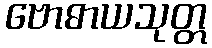
ဗောဓာယသုတ္တ